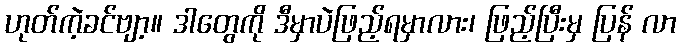
ဟုတ်ကဲ့ခင်ဗျာ့။ ဒါတွေကို ဒီမှာပဲဖြည့်ရမှာလား၊ ဖြည့်ပြီးမှ ပြန် လာ